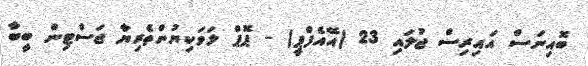
ބޮއިނަސް އައިރިސް ޖުލައި 23 (އޭއެފްޕީ) - ޕޮޕް ލަވަކިޔުންތެރިޔާ ޖަސްޓިން ބީބާ